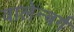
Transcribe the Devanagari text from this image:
वालेन्बर्ग